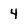
Character: 4